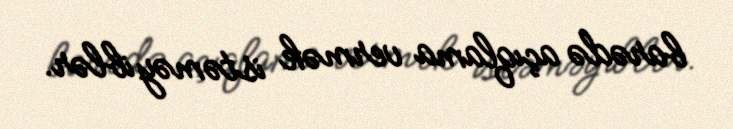
barədə açıqlama vermək istəməyiblər.